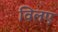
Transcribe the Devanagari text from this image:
विलए